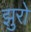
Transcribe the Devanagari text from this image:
झुरो